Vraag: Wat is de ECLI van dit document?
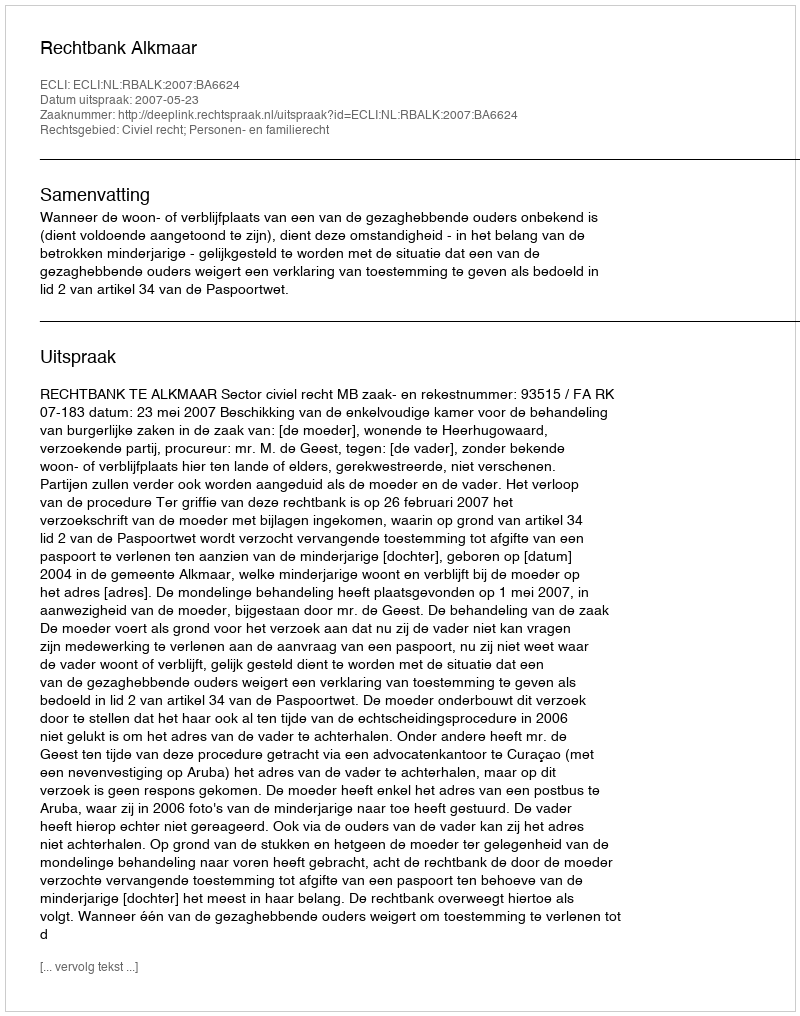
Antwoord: ECLI:NL:RBALK:2007:BA6624